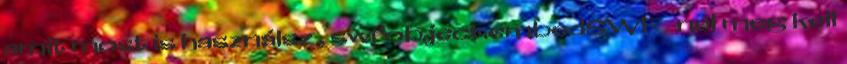
amit most is használsz , swfobject.embedSWF -nél meg kell